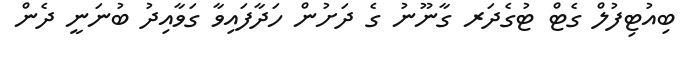
ބިއުޓިފުލް ގެޓް ޓުގެދަރ ގާނޫނު ގެ ދަށުން ހަދާފައިވާ ގަވާއިދު ބުނަނީ ދެން